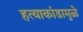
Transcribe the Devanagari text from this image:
हत्याकांडामुळे